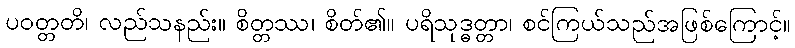
ပဝတ္တတိ၊ လည်သနည်း။ စိတ္တဿ၊ စိတ်၏။ ပရိသုဒ္ဓတ္တာ၊ စင်ကြယ်သည်အဖြစ်ကြောင့်။